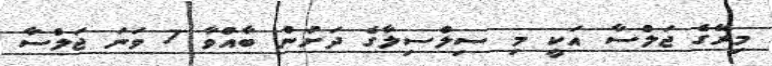
މިރޭގެ ޖަލްސާ އަކީ މި ސިލްސިލާގެ ދަށުން ބާއްވާ 7 ވަނަ ޖަލްސާ